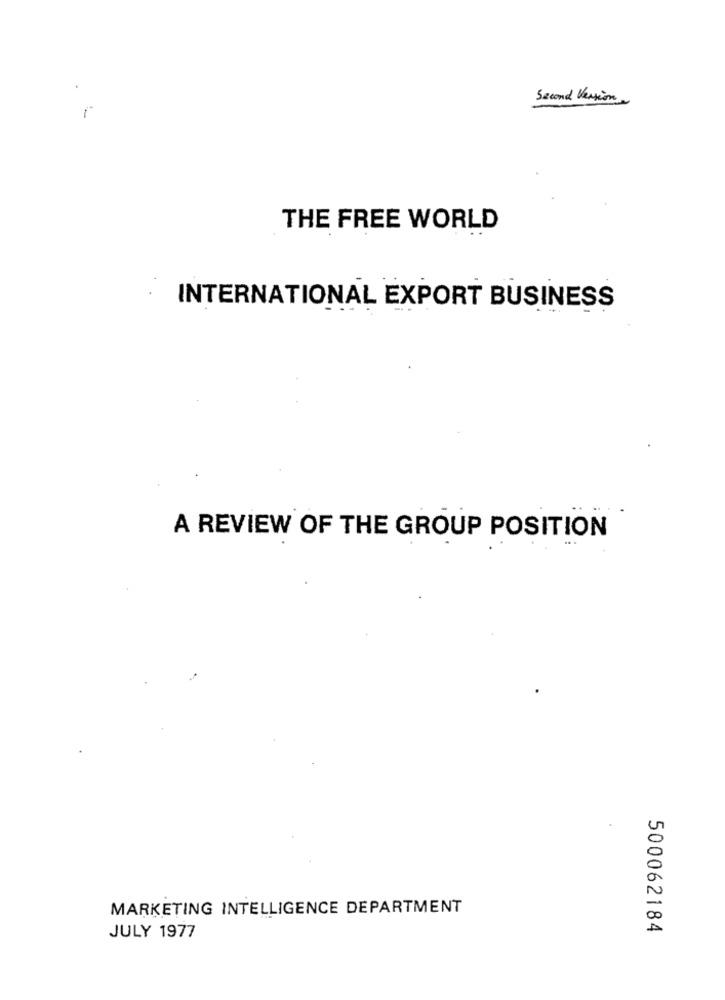
Second Version
THE FREE WORLD
INTERNATIONAL EXPORT BUSINESS
A REVIEW OF THE GROUP POSITION
MARKETING INTELLIGENCE DEPARTMENT
500062184
JULY 1977